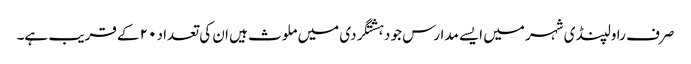
صرف راولپنڈی شہر میں ایسے مدارس جو دہشتگردی میں ملوث ہیں ان کی تعداد ۲۰ کے قریب ہے۔